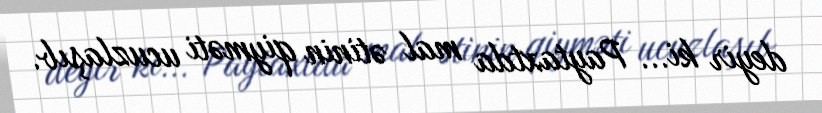
deyir ki... Paytaxtda mal ətinin qiyməti ucuzlaşıb.